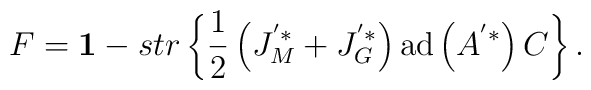
F= {{\bf 1}} - str \left\{ \frac{1}{2} \left( J_M^{'*} + J_G^{'*} \right)  \mbox{ad}\left( A^{'*} \right) C \right\} .